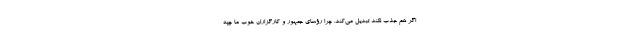
اگر هم جذب نکند تبدیل می‌کند. چرا رؤسای جمهور و کارگزاران خوب ما چپه